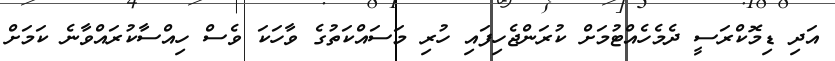
އަދި ޑިމޮކްރަސީ ދެމެހެއްޓުމަށް ކުރަންޖެހިފައި ހުރި މަސައްކަތުގެ ވާހަކަ ވެސް ހިއްސާކުރައްވާނެ ކަމަށް